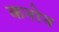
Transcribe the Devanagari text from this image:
कनोन